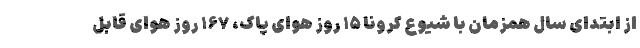
از ابتدای سال همزمان با شیوع کرونا ۱۵ روز هوای پاک، ۱۶۷ روز هوای قابل